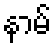
နာမ်